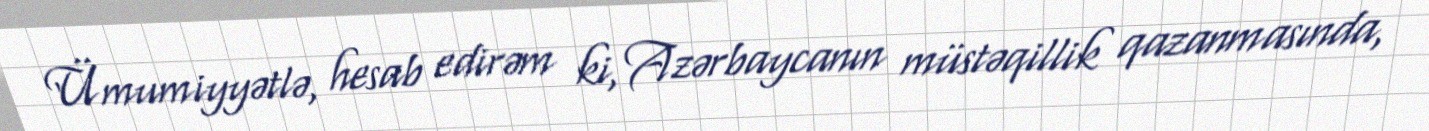
Ümumiyyətlə, hesab edirəm ki, Azərbaycanın müstəqillik qazanmasında,